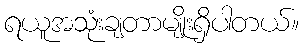
ရယူအသုံးချတာမျိုးရှိပါတယ်။